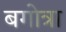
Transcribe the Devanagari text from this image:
बगोत्रा